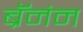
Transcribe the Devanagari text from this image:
ब्रॅनंन